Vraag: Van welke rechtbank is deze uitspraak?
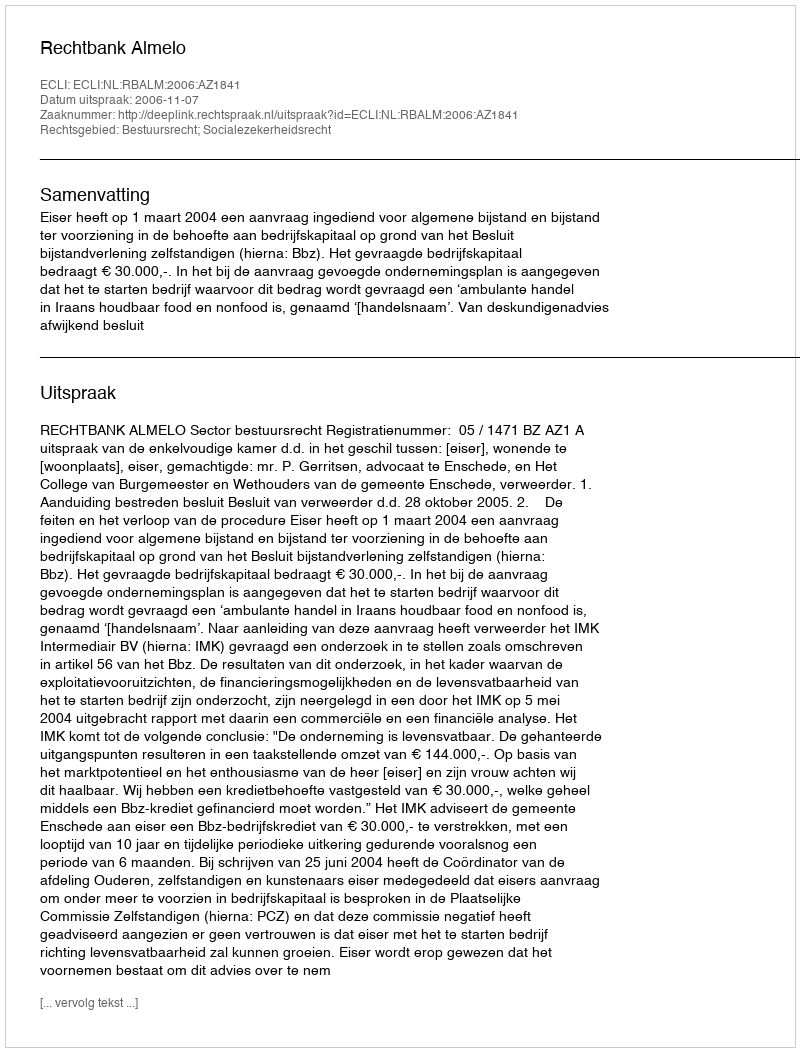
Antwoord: Rechtbank Almelo